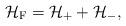
LaTeX: \begin{align*}{\cal H}_{\rm F} = {\cal H}_{+} + {\cal H}_{-} ,\end{align*}